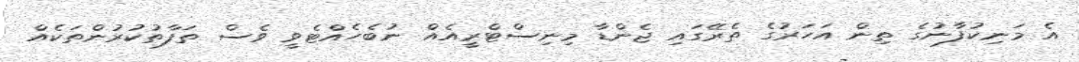
އެ މަނިކުފާނުގެ ތިން އަހަރުގެ ތެރޭގައި ޖެންޑާ މިނިސްޓްރީއެއް ނުބެހެއްޓެވީ ވެސް ތަފާތުކުރުންތަކެއް